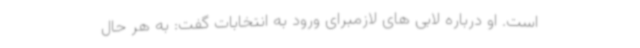
است. او درباره لابی های لازمبرای ورود به انتخابات گفت: به هر حال